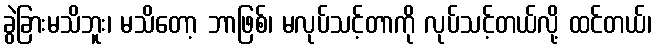
ခွဲခြားမသိဘူး၊ မသိတော့ ဘာဖြစ်၊ မလုပ်သင့်တာကို လုပ်သင့်တယ်လို့ ထင်တယ်၊